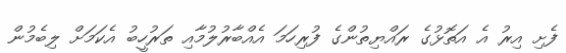
ފެށި އިރު އެ އަތޮޅުގެ ރައްޔިތުންގެ ފުރިހަމަ އެއްބާރުލުމާއި ތަރުހީބު އެކަމަށް ލިބެމުން